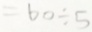
= 6 0 \div 5